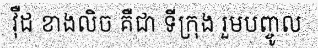
វ៉ឺដ ខាងលិច គឺជា ទីក្រុង រួមបញ្ចូល